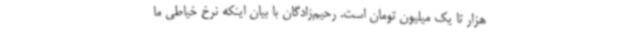
هزار تا یک میلیون تومان است. رحیم‌زادگان با بیان اینکه نرخ خیاطی ما